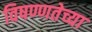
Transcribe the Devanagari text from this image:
विषण्णतेच्या